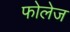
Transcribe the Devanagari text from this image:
फोलेज